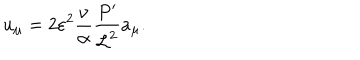
LaTeX: u _ { \mu } = 2 \varepsilon ^ { 2 } \frac { \nu } { \alpha } \frac { P ^ { \prime } } { { \cal L } ^ { 2 } } a _ { \mu } .